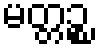
မတ္တဉ္စ